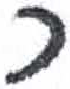
אות: כ